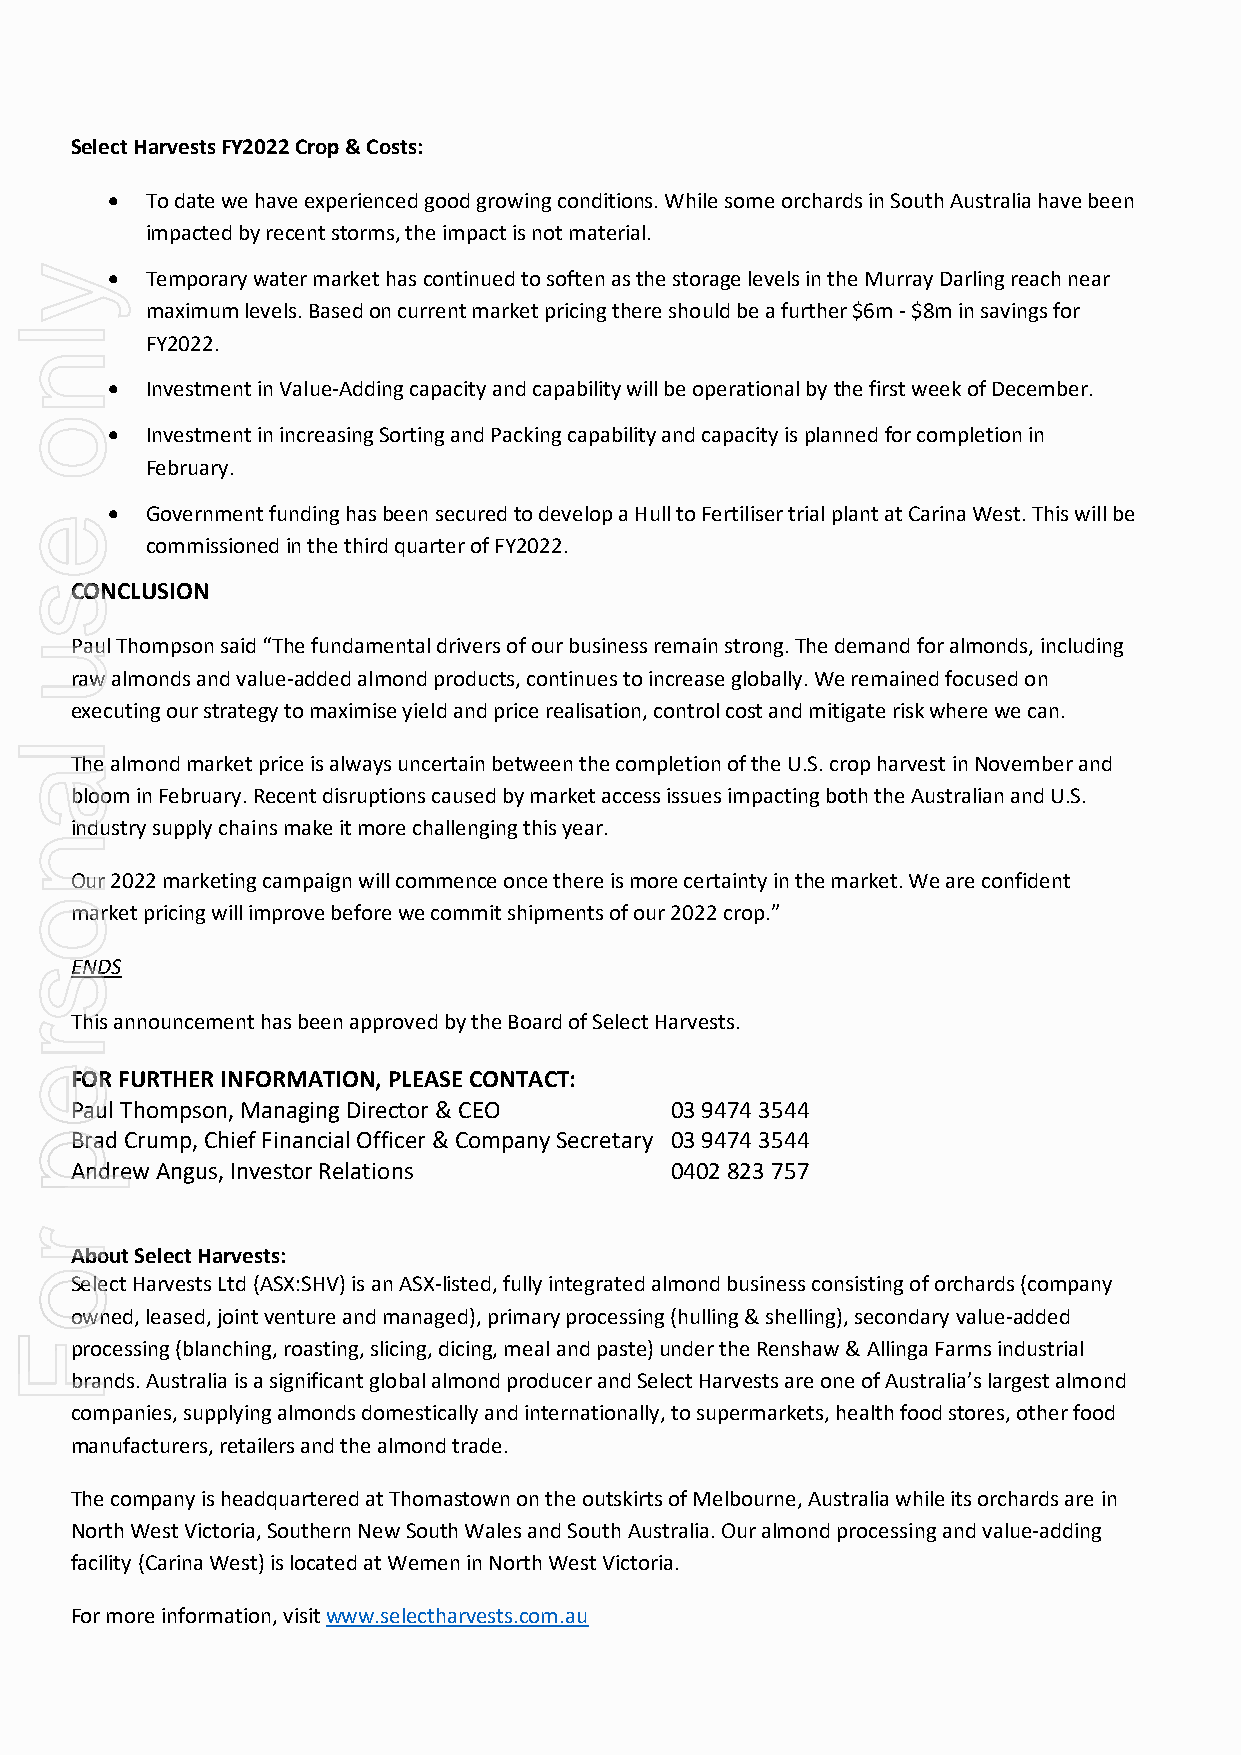
Select Harvests FY2022 Crop & Costs:
 •  To date we have experienced good growing conditions. While some orchards in South Australia have been
 impacted by recent storms, the impact is not material.
 •  Temporary water market has continued to soften as the storage levels in the Murray Darling reach near
 maximum levels. Based on current market pricing there should be a further $6m - $8m in savings for
 FY2022.
 •  Investment in Value-Adding capacity and capability will be operational by the first week of December.
 •  Investment in increasing Sorting and Packing capability and capacity is planned for completion in
 February.
 •  Government funding has been secured to develop a Hull to Fertiliser trial plant at Carina West. This will be
 commissioned in the third quarter of FY2022.
 CONCLUSION
 Paul Thompson said “The fundamental drivers of our business remain strong. The demand for almonds, including
 raw almonds and value-added almond products, continues to increase globally. We remained focused on
 executing our strategy to maximise yield and price realisation, control cost and mitigate risk where we can.
 The almond market price is always uncertain between the completion of the U.S. crop harvest in November and
 bloom in February. Recent disruptions caused by market access issues impacting both the Australian and U.S.
 industry supply chains make it more challenging this year.
 Our 2022 marketing campaign will commence once there is more certainty in the market. We are confident
 market pricing will improve before we commit shipments of our 2022 crop.”
 ENDS
 This announcement has been approved by the Board of Select Harvests.
 FOR FURTHER INFORMATION, PLEASE CONTACT:
 Paul Thompson, Managing Director & CEO 03 9474 3544
 Brad Crump, Chief Financial Officer & Company Secretary 03 9474 3544
 Andrew Angus, Investor Relations       0402 823 757
 About Select Harvests:
 Select Harvests Ltd (ASX:SHV) is an ASX-listed, fully integrated almond business consisting of orchards (company
 owned, leased, joint venture and managed), primary processing (hulling & shelling), secondary value-added
 processing (blanching, roasting, slicing, dicing, meal and paste) under the Renshaw & Allinga Farms industrial
 brands. Australia is a significant global almond producer and Select Harvests are one of Australia’s largest almond
 companies, supplying almonds domestically and internationally, to supermarkets, health food stores, other food
 manufacturers, retailers and the almond trade.
 The company is headquartered at Thomastown on the outskirts of Melbourne, Australia while its orchards are in
 North West Victoria, Southern New South Wales and South Australia. Our almond processing and value-adding
 facility (Carina West) is located at Wemen in North West Victoria.
 For more information, visit www.selectharvests.com.au
 ylno
 esu
 lanosrep
 roF